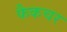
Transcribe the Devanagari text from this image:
फैकचर